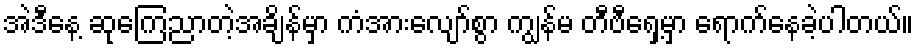
အဲဒီနေ့ ဆုကြေညာတဲ့အချိန်မှာ ကံအားလျော်စွာ ကျွန်မ တီဗီရှေ့မှာ ရောက်နေခဲ့ပါတယ်။